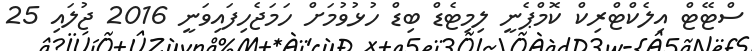
ސްޓޭޓް އިލެކްޓްރިކް ކޮމްޕެނީ ލިމިޓެޑް ބިޑް ހުޅުވުމަށް ހަމަޖެހިފައިވަނީ 2016 ޖުލައި 25